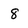
Character: 8